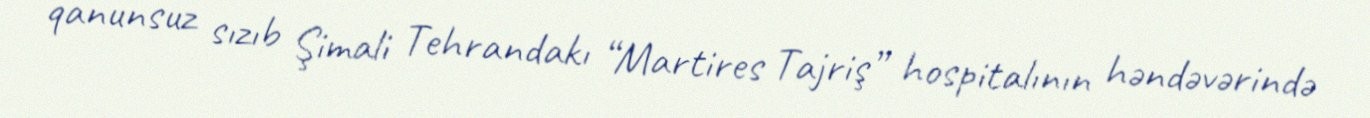
qanunsuz sızıb Şimali Tehrandakı “Martires Tajriş” hospitalının həndəvərində